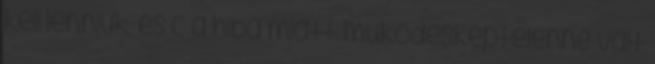
kell lenniük, és c a hiba miatt mûködésképtelenné vált